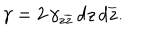
\gamma = 2 \, \gamma _ { z \overline { { { z } } } } \, d z \, d \overline { { { z } } } .